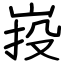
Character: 𡷠